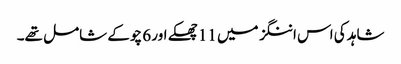
شاہد کی اس اننگز میں 11 چھکے اور 6 چوکے شامل تھے۔